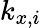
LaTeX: k_{x,i}